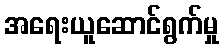
အရေးယူဆောင်ရွက်မှု